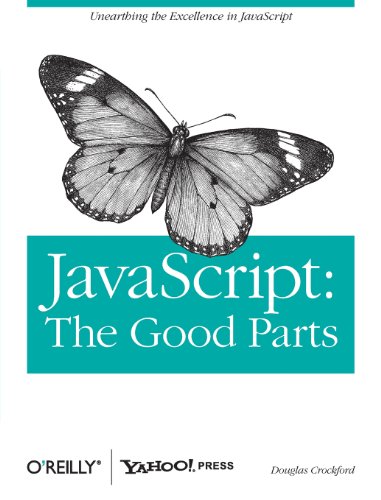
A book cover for JavaScript: The Good Parts; Douglas Crockford; Computers & Technology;